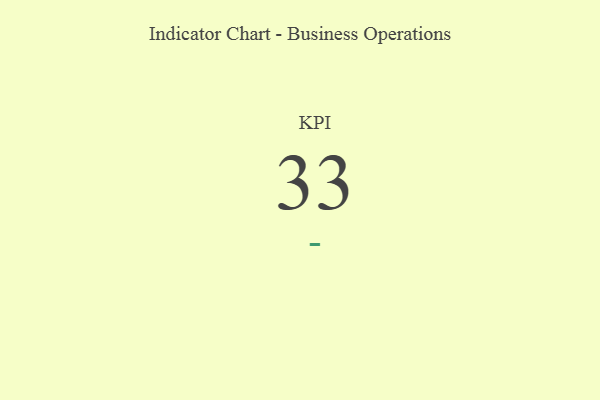
{"axis": {"x": "KPI", "y": "Value"}, "legend": [""], "data": [{"x": "KPI", "y": 33, "type": ""}]}